Indian journal of veterinary science and animal husbandry - Volumes 18-21, 1948-1951
Year: 1948
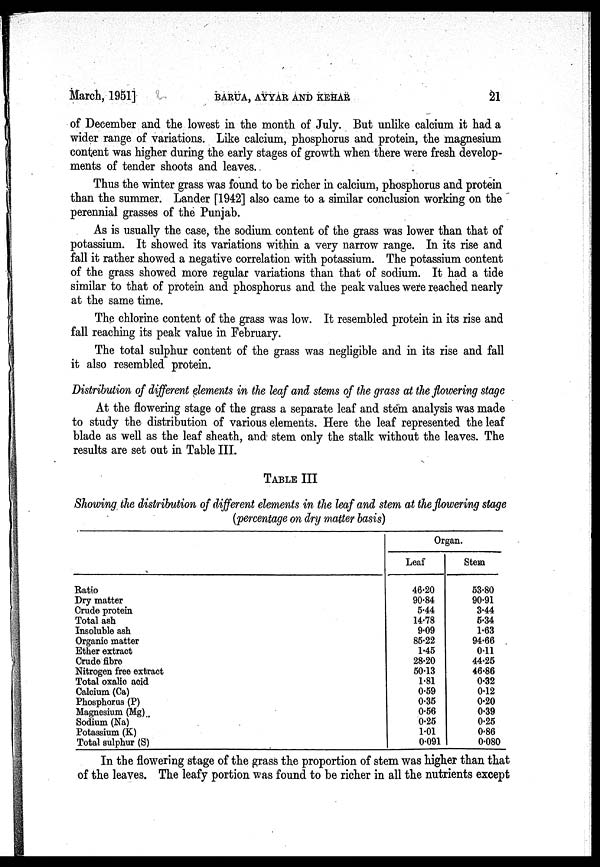
March, 1951]
BARUA,
AYYAR
AND
KEHAR
21
of December and the lowest in the month of July. But unlike calcium it had a
wider range of variations. Like calcium, phosphorus and protein, the magnesium
content was higher during the early stages of growth when there were fresh develop-
ments of tender shoots and leaves.
Thus the winter grass was found to be richer in calcium, phosphorus and protein
than the summer. Lander [1942] also came to a similar conclusion working on the
perennial grasses of the Punjab.
As is usually the case, the sodium content of the grass was lower than that of
potassium. It showed its variations within a very narrow range. In its rise and
fall it rather showed a negative correlation with potassium. The potassium content
of the grass showed more regular variations than that of sodium. It had a tide
similar to that of protein and phosphorus and the peak values were reached nearly
at the same time.
The chlorine content of the grass was low. It resembled protein in its rise and
fall reaching its peak value in February.
The total sulphur content of the grass was negligible and in its rise and fall
it also resembled protein.
Distribution of different elements in the leaf and stems of the grass at the flowering stage
At the flowering stage of the grass a separate leaf and stem analysis was made
to study the distribution of various elements. Here the leaf represented the leaf
blade as well as the leaf sheath, and stem only the stalk without the leaves. The
results are set out in Table III.
TABLE III
Showing the distribution of different elements in the leaf and stem at the flowering stage
(percentage on dry matter basis)
Ratio
Dry matter
Crude protein
Total ash
Insoluble ash
Organic matter
Ether extract
Crude fibre
Nitrogen free extract
Total oxalic acid
Calcium (Ca)
Phosphorus (P)
Magnesium (Mg)
Sodium (Na)
Potassium (K)
Total sulphur (S)
Organ.
Leaf
46.20
90.84
5.44
14.78
9.09
85.22
1.45
28.20
50.13
1.81
0.59
0.35
0.56
0.25
1.01
0.091
Stem
53.80
90.91
3.44
5.34
1.63
94.66
0.11
44.25
46.86
0.32
0.12
0.20
0.39
0.25
0.86
0.080
In the flowering stage of the grass the proportion of stem was higher than that
of the leaves. The leafy portion was found to be richer in all the nutrients except